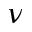
\nu